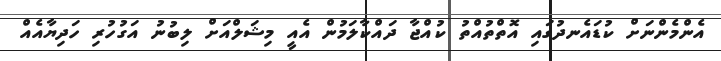
އެންމެންނަށް ކުޑައެނދުގައި އޮތްތުއްތު ކުއްޖާ ދައްކާލަމުން އެއީ މިޝަލްއަށް ލިބުނު އަގުހުރި ހަދިޔާއެއް